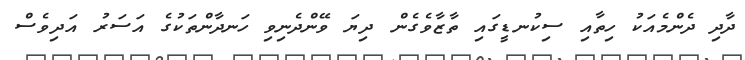
ދާދި ދެންމެއަކު ހިތާއި ސިކުނޑީގައި ތާޒާވެގެން ދިޔަ ވޭންދެނިވި ހަނދާންތަކުގެ އަސަރު އަދިވެސް